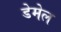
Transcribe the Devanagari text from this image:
डेमेल